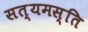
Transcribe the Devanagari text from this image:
सत्यमस्ति